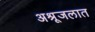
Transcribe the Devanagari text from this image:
अश्रूजलात